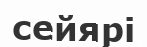
сейярі